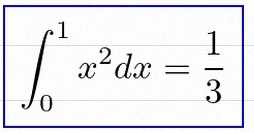
\int_0^1 x^2dx=\frac13